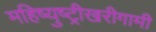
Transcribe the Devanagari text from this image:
महिष्युष्ट्रीखरीगामी